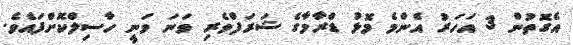
އެގޮތުން 3 އަހަރު އެންމެ މޮޅު ޑްރާމާގެ ޝަރަފްވެރި ވަނަ ވަނީ ހާސިލްކޮށްފައެވެ.